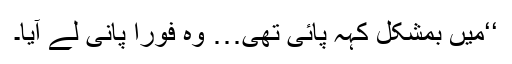
‘‘میں بمشکل کہہ پائی تھی… وہ فوراً پانی لے آیا۔